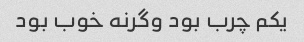
یکم چرب بود وگرنه خوب بود